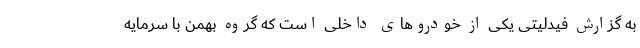
به گزارش فیدلیتی یکی از خودروهای داخلی است که گروه بهمن با سرمایه